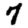
Digit: 7